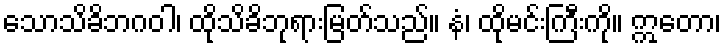
သောသိခိဘဂဝါ၊ ထိုသိခိဘုရားမြတ်သည်။ နံ၊ ထိုမင်းကြီးကို။ ဣတော၊